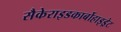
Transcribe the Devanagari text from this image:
सैकेराइडकार्बोहाइड्रेट